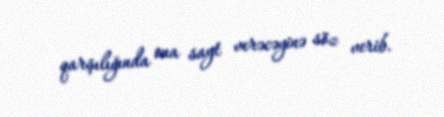
qarşılığında ona sayt verəcəyinə söz verib.